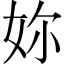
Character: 妳